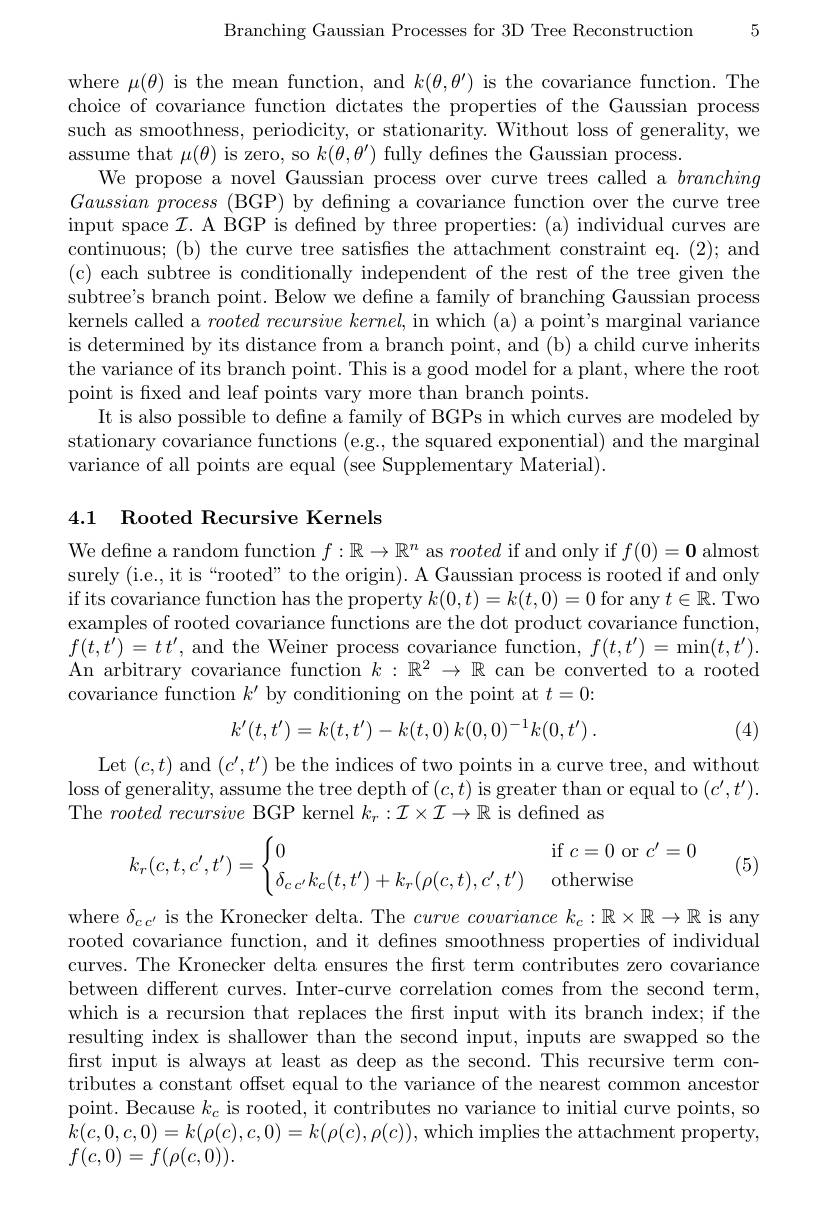
5

Branching Gaussian Processes for 3D Tree Reconstruction

where $\mu(\theta)$ is the mean function, and $k(\theta,\theta^{\prime})$ is the covariance function. The choice of covariance function dictates the properties of the Gaussian process such as smoothness, periodicity, or stationarity. Without loss of generality, we assume that $\mu(\theta)$ is zero, so $k(\theta,\theta^{\prime})$ fully defnes the Gaussian process.
We propose a novel Gaussian process over curve trees called a branching Gaussian process (BGP) by defining a covariance function over the curve tree input space $\mathcal{I}.$ A BGP is defined by three properties: (a) individual curves are continuous; (b) the curve tree satisfies the attachment constraint eq. (2); and (c) each subtree is conditionally independent of the rest of the tree given the subtree's branch point. Below we defne a family of branching Gaussian process kernels called a rooted recursive $kernel$, in which (a) a point's marginal variance is determined by its distance from a branch point, and (b) a child curve inherits the variance of its branch point. This is a good model for a plant, where the root point is fixed and leaf points vary more than branch points.
It is also possible to define a family of BGPs in which curves are modeled by stationary covariance functions (e.g., the squared exponential) and the marginal variance of all points are equal (see Supplementary Material).

## 4.1 Rooted Recursive Kernels

We define a random function $f:\mathbb{R}\to\mathbb{R}^n$ as rooted if and only if $f(0)=\mathbf{0}$ almost surely (i.e., it is“rooted" to the origin). A Gaussian process is rooted if and only if its covariance function has the property $k(0,t)=k(t,0)=0$ for any $t\in\mathbb{R}.$ Two examples of rooted covariance functions are the dot product covariance function $f( t, t^{\prime }) = t$ $t^{\prime }$, and the Weiner process covariance function, $f(t,t^{\prime})=\min(t,t^{\prime}).$ An arbitrary covariance function $k:\mathbb{R}^2\to\mathbb{R}$ can be converted to a rooted covariance function $k^\prime$ by conditioning on the point at $t=0:$

 (4)
$$k'(t,t')=k(t,t')-k(t,0)\:k(0,0)^{-1}k(0,t')\:.$$
Let $(c,t)$ and $(c^{\prime},t^{\prime})$ be the indices of two points in a curve tree, and without loss of generality, assume the tree depth of $(c,t)$ is greater than or equal to $(c^{\prime},t^{\prime}).$ The rooted recursive BGP kernel $k_r:\mathcal{I}\times\mathcal{I}\to\mathbb{R}$ is defined as
$$k_r(c,t,c',t')=\begin{cases}0&\text{if}c=0\text{or}c'=0\\\delta_{c\:c'}k_c(t,t')+k_r(\rho(c,t),c',t')&\text{otherwise}\end{cases}$$
(5)

where $\delta_{cc^{\prime}}$ is the Kronecker delta. The $curve\textit{ covariance k}_c: \mathbb{R} \times \mathbb{R} \to \mathbb{R}$ is any rooted covariance function, and it defnes smoothness properties of individual curves. The Kronecker delta ensures the first term contributes zero covariance between different curves. Inter-curve correlation comes from the second term, which is a recursion that replaces the first input with its branch index; if the resulting index is shallower than the second input, inputs are swapped so the first input is always at least as deep as the second. This recursive term contributes a constant offset equal to the variance of the nearest common ancestor point. Because $k_c$ is rooted, it contributes no variance to initial curve points, so $k(c,0,c,0)=k(\rho(c),c,0)=k(\rho(c),\rho(c))$,which implies the attachment property, $f(c,0)=f(\rho(c,0)).$